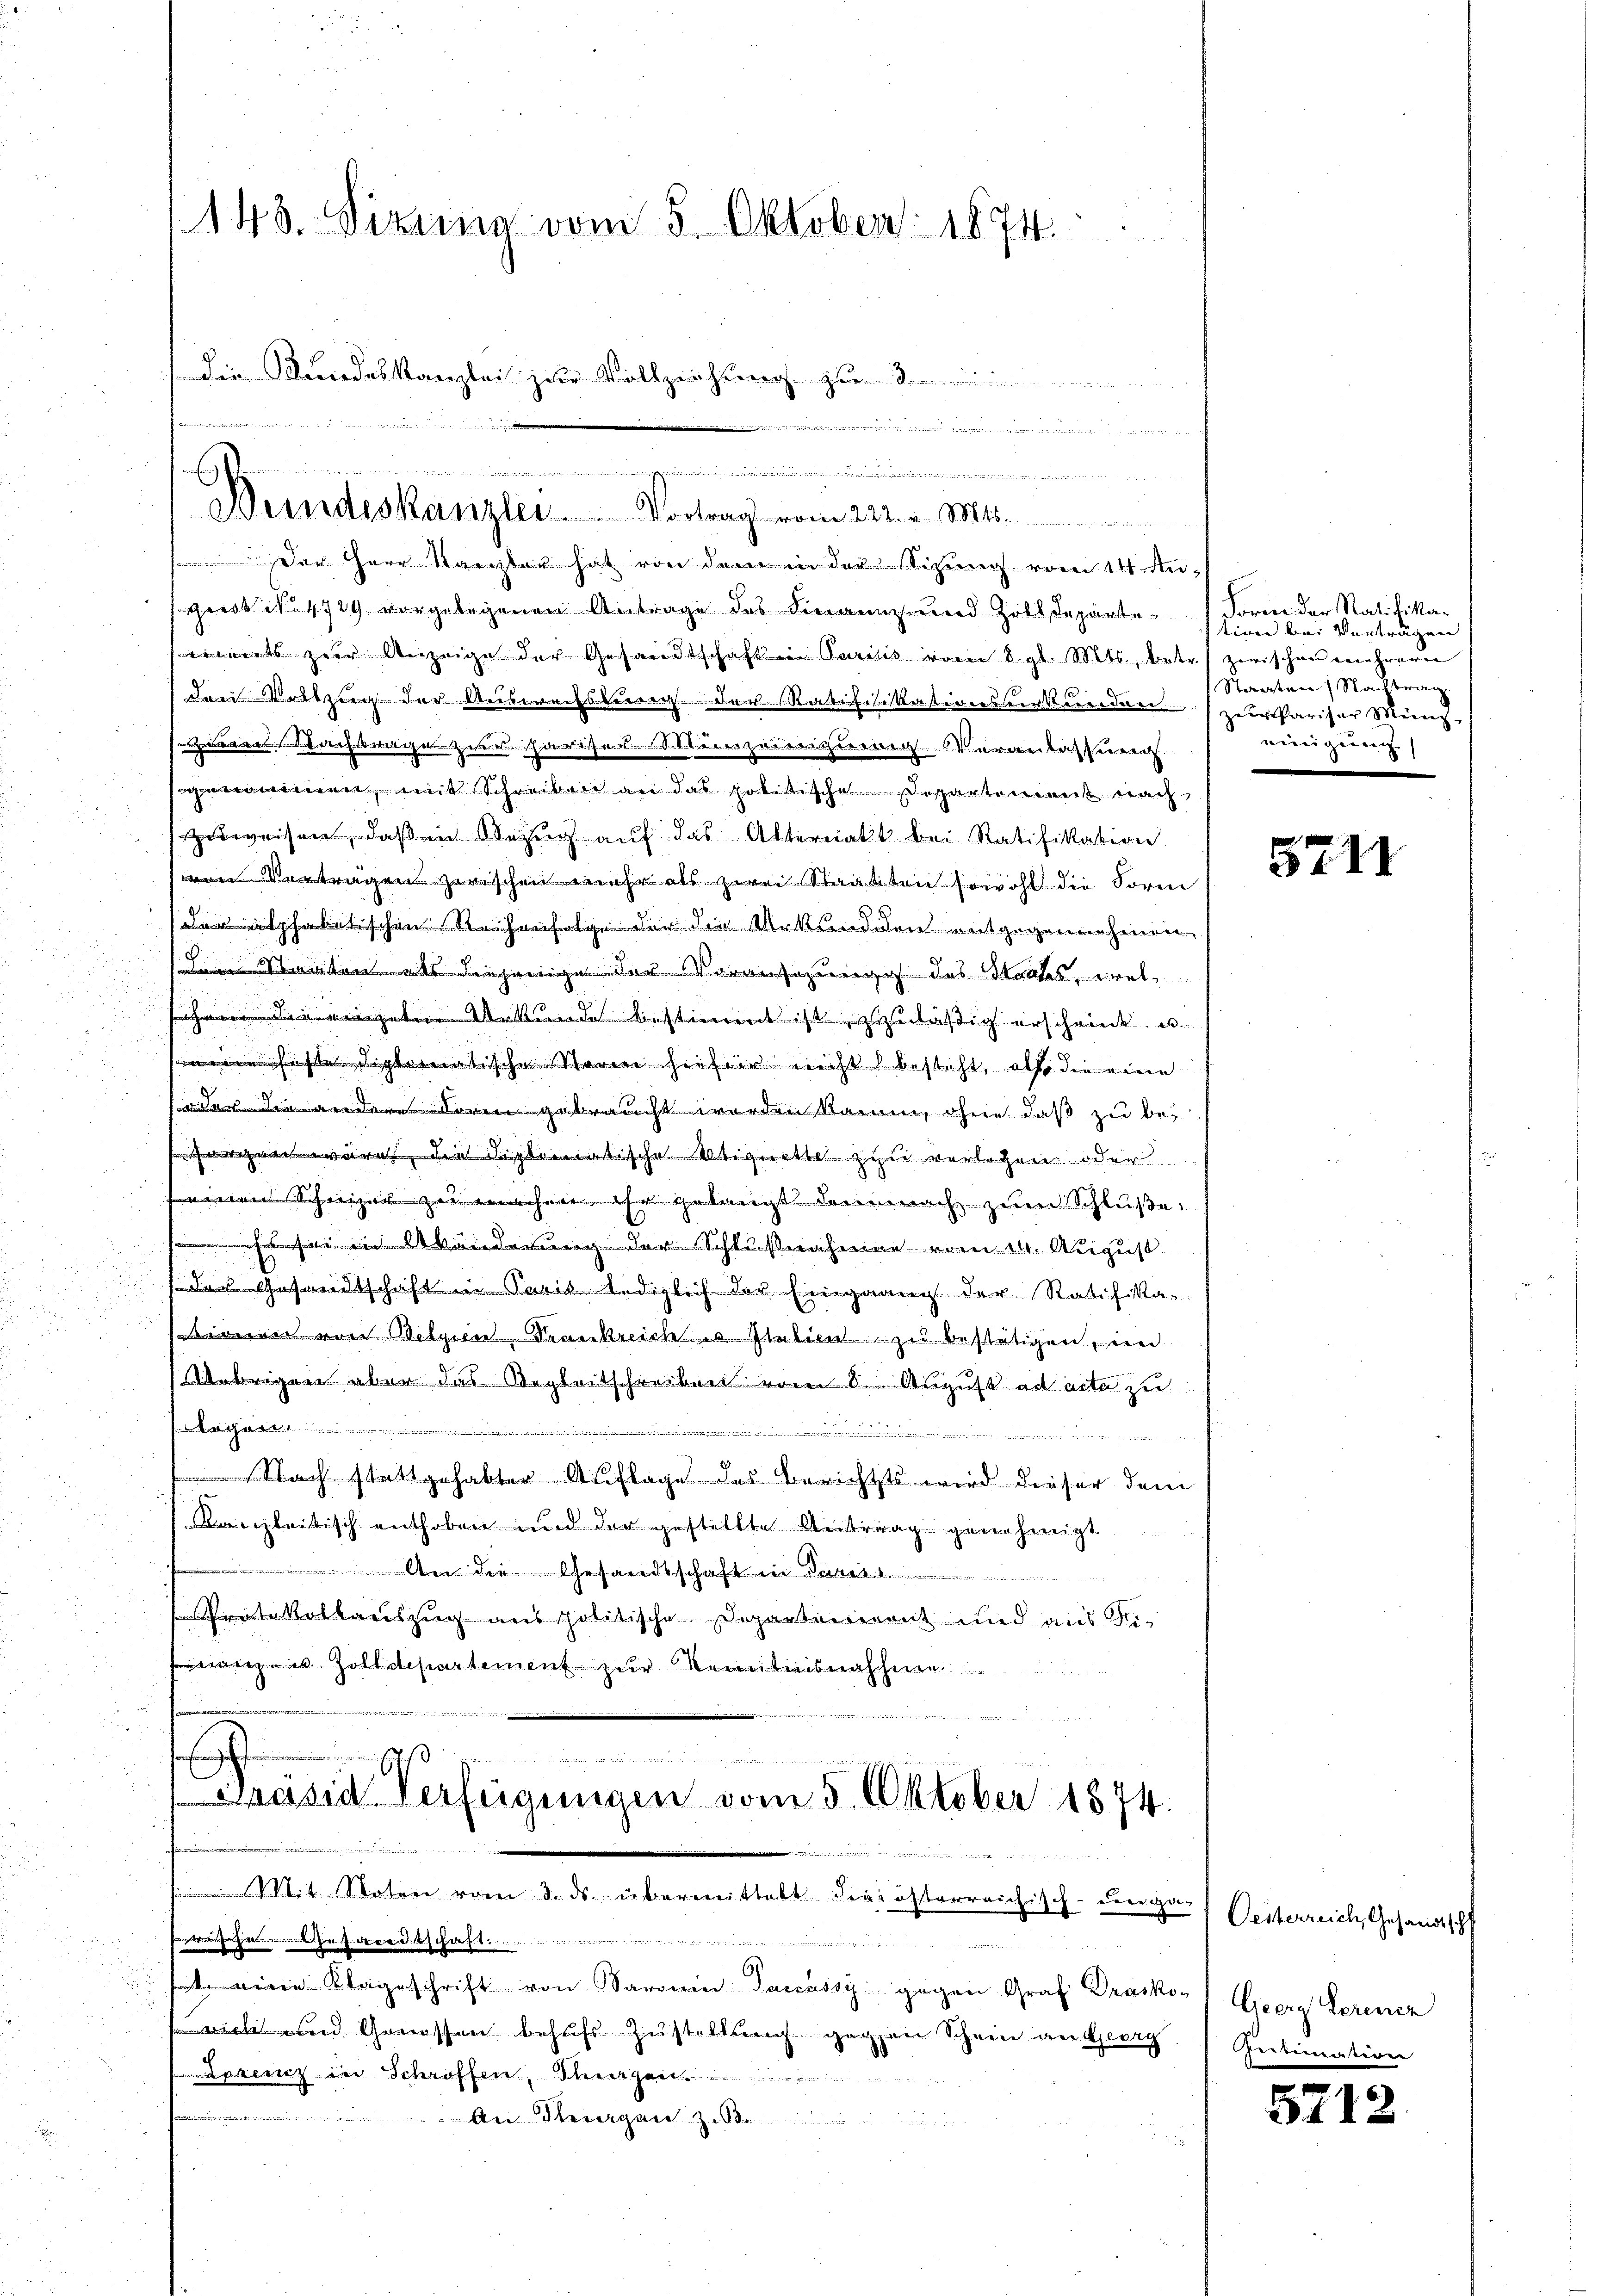
148. Sizung vom 5. Oktober 1874.
Die Kundeskanzlei zur Vollziehung zu

e

.....................
Bundeskanzlei . . . . . .   Vortrag vom 222. v. Mts.

Der Herr Kanzler hat von dem in der Sizung vom 14. Au
gerst No. 4729 vorgelegenen Antrage des Finanz- und Zolldeparte Form der Ratifika-
eimats zur Anzeige der Gesandtschaft in Parisis vom 8. gl. Mts., betr.
den Vortzug der Auswechslung der Ratifikationsurkunden
machtrage zur Pariser-Minizeidigung Veranlassung
nommen mit Schreiben an das politische Departement nach
Zuweisen, daß in Bezug auf das Alternatt bei Ratifikation
tragen zwischen mehr als zwei Staatsten sowohl die Form
alphabetischen Reihenfolge der die Urkundion entgegenehmen,
tamten als diejenige der Voransazung des Strafes, welsche die einzelne Urkundes bestimmt ist zuläßig erschrink u.
ese sitatische Stern hiefiir nicht besteht, also die eine
indere der gebraucht worden kann, ohne daß zu be¬
Dilematische Aliquittel zu verlegen oder
einen Schweizer zu machen ihr gelangt demnach zum Schluße
 sei in Abänderung der Schlußnahmen vom 14. August
Gesandtschaft in seit lediglich der Eingang der Ratifika-
 von Belgien Krankreich Italien zu bestätigen, in
brigen aber das Begleitschreiben vom 8. August ad acta zu
........
einigen
Nach stattgehabten Auflage des Berichts wird dieser dem
Kanzleitisch enthoben und der gestellte Antrag genehmigt.
 den Gesandtschaft in der
u
kalbauszug aus politische Departement und aus See Zolldepartement zur Kenntnisnahme
8

Präsid Verfügungen vom 5. Oktober 1874.

Mit Spätere vom 3. ds. übermittelt der österreichisch-den zur Gesterreich, Gesandtschf
Freude er eingen, wenn
 Klageschrift von Baronin Pancassy gegen Graf Dracko-) Georg Lorener
 Genossen behufs Zustellung gegen Schein an Heerg
Lprenz in Schroffen, Schwiegen
.

tive bei Vorträgen
zerischen mehreren |
Staaten Nachtrag
zur Pariser Münch
einigung

5711

Gedienteren

5712